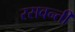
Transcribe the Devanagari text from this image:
रसवन्ती